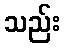
သည်း